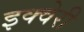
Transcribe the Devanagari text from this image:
इक्वेरी